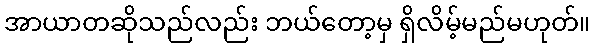
အာယာတဆိုသည်လည်း ဘယ်တော့မှ ရှိလိမ့်မည်မဟုတ်။